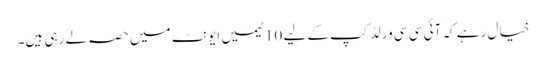
خیال رہے کہ آئی سی سی ورلڈ کپ کے لیے 10 ٹیمیں ایونٹ میں حصہ لے رہی ہیں۔